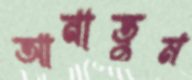
আনাতুম